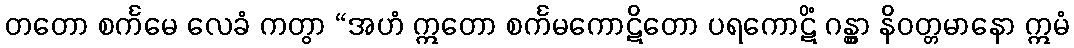
တတော စင်္ကမေ လေခံ ကတွာ “အဟံ ဣတော စင်္ကမကောဋိတော ပရကောဋိံ ဂန္တွာ နိဝတ္တမာနော ဣမံ